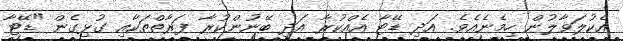
އެކުލަވާލުން ހިމެނެއެވެ. އަދި ޑޭޓާ އެއްކުރާ އަދި ބޭނުންކުރާ ފަރާތްތަކާއި ގުޅިގެން "ޑޭޓާ